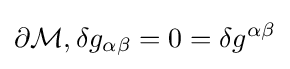
\partial {\mathcal {M}},\delta g_{\alpha \beta }=0=\delta g^{\alpha \beta }